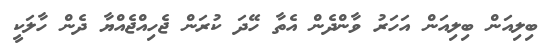
ބިލިއަން ބިލިއަން އަހަރު ވާންދެން އެތާ ހޭދަ ކުރަން ޖެހިއްޖެއްޔާ ދެން ހާލަކީ